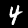
Digit: 4